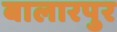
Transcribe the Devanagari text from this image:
बालारपुर